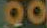
00